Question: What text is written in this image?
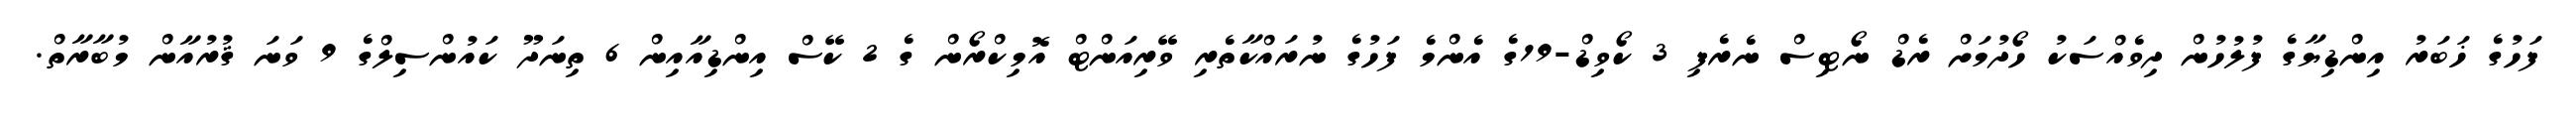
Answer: ފަހުގެ ޚަބަރު އިންޑިޔާގެ ފުލުހުން ދިވެއްސަކު ހޯދުމަށް ރެޑް ނޯޓިސް ނެރެފި 3 ކޯވިޑް-19ގެ އެންމެ ފަހުގެ ނުރައްކާތެރި ވޭރިއަންޓް އޮމިކްރޯން ގެ 2 ކޭސް އިންޑިއާއިން 6 ތިނަދޫ ކައުންސިލްގެ 9 ވަނަ ޤުރުއާން މުބާރާތް.